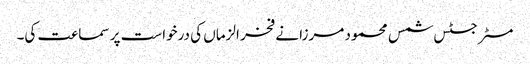
مسٹر جسٹس شمس محمود مرزا نے فخر الزماں کی درخواست پر سماعت کی۔